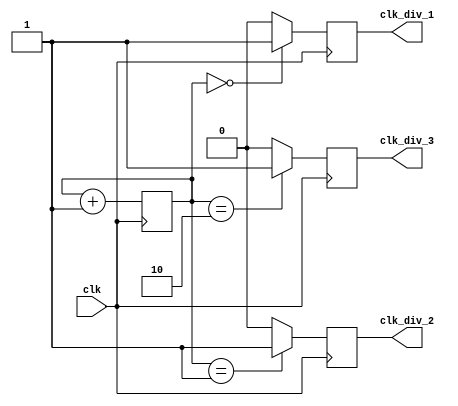
module Johnson_Counter_Clock_Divider (
    input wire clk,
    output wire clk_div_1,
    output wire clk_div_2,
    output wire clk_div_3
);

reg [3:0] counter;

always @(posedge clk) begin
    counter <= counter + 1;
    case(counter)
        0: begin
            clk_div_1 <= 1;
            clk_div_2 <= 0;
            clk_div_3 <= 0;
        end
        1: begin
            clk_div_1 <= 0;
            clk_div_2 <= 1;
            clk_div_3 <= 0;
        end
        2: begin
            clk_div_1 <= 0;
            clk_div_2 <= 0;
            clk_div_3 <= 1;
        end
        default: begin
            clk_div_1 <= 0;
            clk_div_2 <= 0;
            clk_div_3 <= 0;
        end
    endcase
end

endmodule